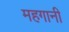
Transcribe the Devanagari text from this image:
महगानी